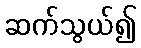
ဆက်သွယ်၍